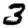
Digit: 3